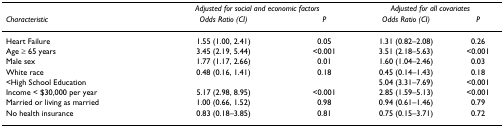
|  | <COLSPAN=2> Adjusted for social and economic factors | <COLSPAN=2> Adjusted for all covariates |
 | Characteristic | Odds Ratio (CI) | P | Odds Ratio (CI) | P |
 | --- | --- | --- | --- | --- |
 | Heart Failure | 1.55 (1.00, 2.41) | 0.05 | 1.31 (0.82–2.08) | 0.26 |
 | Age ≥ 65 years | 3.45 (2.19, 5.44) | <0.001 | 3.51 (2.18–5.63) | <0.001 |
 | Male sex | 1.77 (1.17, 2.66) | 0.01 | 1.60 (1.04–2.46) | 0.03 |
 | White race | 0.48 (0.16, 1.41) | 0.18 | 0.45 (0.14–1.43) | 0.18 |
 | <High School Education |  |  | 5.04 (3.31–7.69) | <0.001 |
 | Income < $30,000 per year | 5.17 (2.98, 8.95) | <0.001 | 2.85 (1.59–5.13) | <0.001 |
 | Married or living as married | 1.00 (0.66, 1.52) | 0.98 | 0.94 (0.61–1.46) | 0.79 |
 | No health insurance | 0.83 (0.18–3.85) | 0.81 | 0.75 (0.15–3.71) | 0.72 |